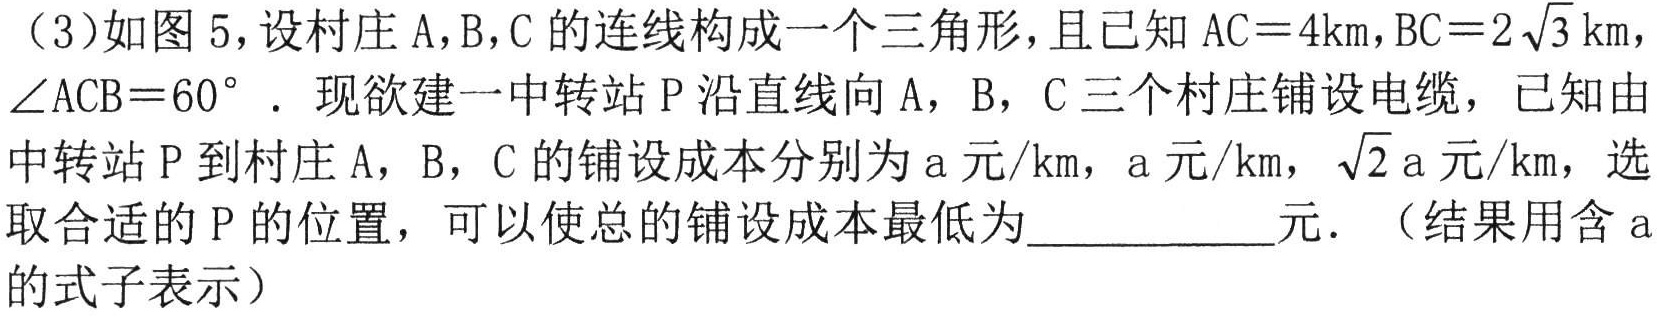
（3）如图 5，设村庄 A，B，C 的连线构成一个三角形，且已知 \(AC = 4\mathrm{km}\)，\(BC = 2\sqrt{3}\mathrm{km}\)，\(\angle ACB = 60^{\circ}\)．现欲建一中转站 P 沿直线向 A，B，C 三个村庄铺设电缆，已知由中转站 P 到村庄 A，B，C 的铺设成本分别为 \(a\) 元/km，\(a\) 元/km，\(\sqrt{2}a\) 元/km，选取合适的 P 的位置，可以使总的铺设成本最低为  元．（结果用含 \(a\) 的式子表示）